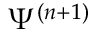
\Psi ^ { ( n + 1 ) }